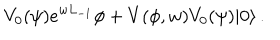
V _ { 0 } ( \psi ) e ^ { w L _ { - 1 } } \phi + V ( \phi , w ) V _ { 0 } ( \psi ) | 0 \rangle \, .